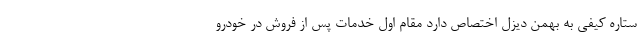
ستاره کیفی به بهمن دیزل اختصاص دارد مقام اول خدمات پس از فروش در خودرو